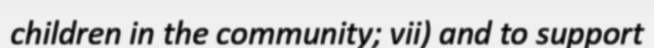
children in the community; vii) and to support